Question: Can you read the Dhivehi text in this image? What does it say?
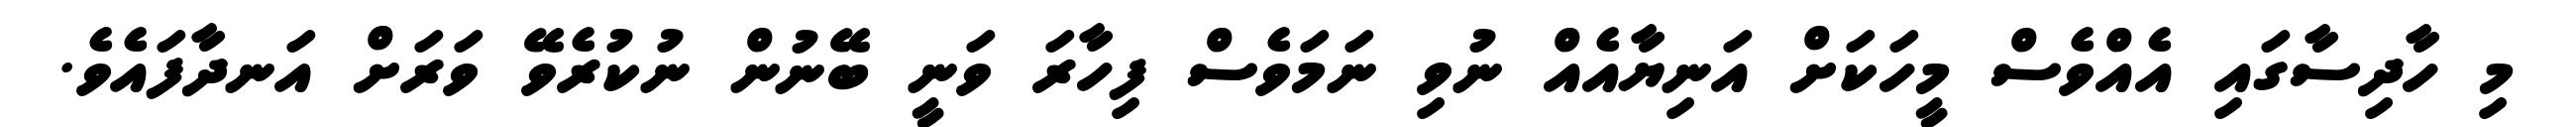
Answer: މި ހާދިސާގައި އެއްވެސް މީހަކަށް އަނިޔާއެއް ނުވި ނަމަވެސް ފިހާރަ ވަނީ ބޭނުން ނުކުރެވޭ ވަރަށް އަނދާފައެވެ.